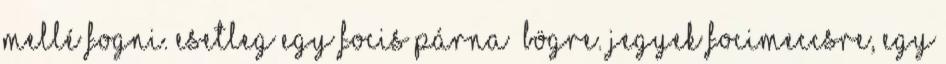
mellé fogni. Esetleg egy focis párna bögre. Jegyek focimeccsre, egy